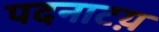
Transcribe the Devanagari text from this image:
पदनाटय़